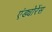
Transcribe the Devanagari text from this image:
एंड्योरेंस